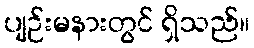
ပျဉ်းမနားတွင် ရှိသည်။